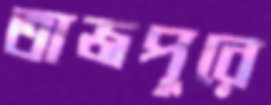
তাজপুরে